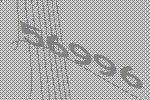
56996